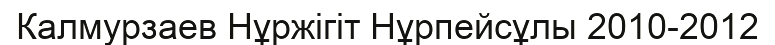
Калмурзаев Нұржігіт Нұрпейсұлы 2010-2012